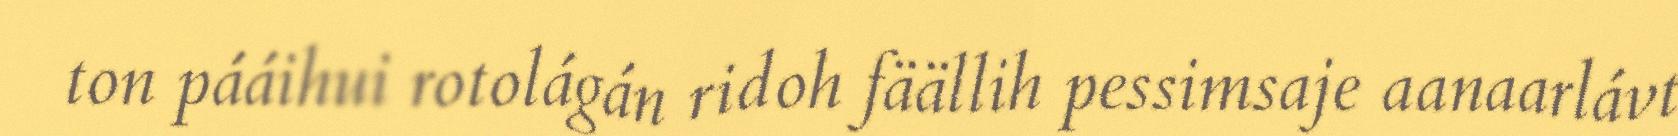
ton pááihui rotolágán ridoh fäällih pessimsaje aanaarlávt